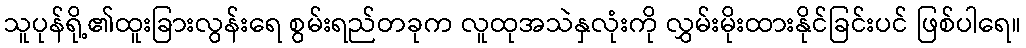
သူပုန်ရို့၏ထူးခြားလွန်းရေ စွမ်းရည်တခုက လူထုအသဲနှလုံးကို လွှမ်းမိုးထားနိုင်ခြင်းပင် ဖြစ်ပါရေ။